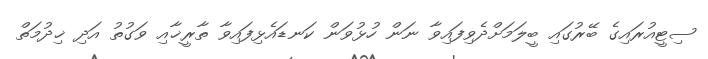
ސިޓީއުރައިގެ ބޭރުގައި ބީލަމަށްދެވިފައިވާ ނަން ހުޅުވަން ކަނޑައެޅިފައިވާ ތާރީޚާއި ވަގުތު އަދި ޚިދުމަތް